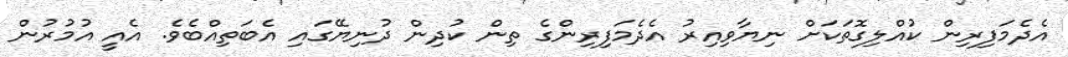
އެދެމަފިރިން ކުއްލިގޮތަކަށް ނިޔާވިއިރު އެދެމަފިރިންގެ ތިން ކުދިން ދުނިޔޭގައި އެބަތިއްބެވެ. އެއީ އުމުރުން